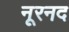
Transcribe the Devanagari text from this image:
नूरनद